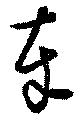
奉